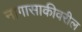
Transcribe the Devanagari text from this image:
नागासाकीवरील